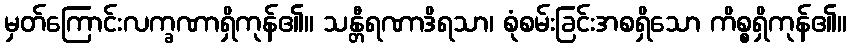
မှတ်ကြောင်းလက္ခဏာရှိကုန်၏။ သန္တီရဏာဒိရသာ၊ စုံစမ်းခြင်းအစရှိသော ကိစ္စရှိကုန်၏။